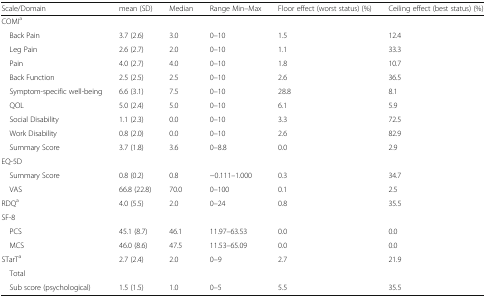
| Scale/Domain | mean (SD) | Median | Range Min–Max | Floor effect (worst status) (%) | Ceiling effect (best status) (%) |
 | --- | --- | --- | --- | --- | --- |
 | COMIa |  |  |  |  |  |
 | Back Pain | 3.7 (2.6) | 3.0 | 0–10 | 1.5 | 12.4 |
 | Leg Pain | 2.6 (2.7) | 2.0 | 0–10 | 1.1 | 33.3 |
 | Pain | 4.0 (2.7) | 4.0 | 0–10 | 1.8 | 10.7 |
 | Back Function | 2.5 (2.5) | 2.5 | 0–10 | 2.6 | 36.5 |
 | Symptom-specific well-being | 6.6 (3.1) | 7.5 | 0–10 | 28.8 | 8.1 |
 | QOL | 5.0 (2.4) | 5.0 | 0–10 | 6.1 | 5.9 |
 | Social Disability | 1.1 (2.3) | 0.0 | 0–10 | 3.3 | 72.5 |
 | Work Disability | 0.8 (2.0) | 0.0 | 0–10 | 2.6 | 82.9 |
 | Summary Score | 3.7 (1.8) | 3.6 | 0–8.8 | 0.0 | 2.9 |
 | EQ-5D |  |  |  |  |  |
 | Summary Score | 0.8 (0.2) | 0.8 | −0.111–1.000 | 0.3 | 34.7 |
 | VAS | 66.8 (22.8) | 70.0 | 0–100 | 0.1 | 2.5 |
 | RDQa | 4.0 (5.5) | 2.0 | 0–24 | 0.8 | 35.5 |
 | SF-8 |  |  |  |  |  |
 | PCS | 45.1 (8.7) | 46.1 | 11.97–63.53 | 0.0 | 0.0 |
 | MCS | 46.0 (8.6) | 47.5 | 11.53–65.09 | 0.0 | 0.0 |
 | STarTa | 2.7 (2.4) | 2.0 | 0–9 | 2.7 | 21.9 |
 | Total |  |  |  |  |  |
 | Sub score (psychological) | 1.5 (1.5) | 1.0 | 0–5 | 5.5 | 35.5 |